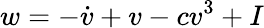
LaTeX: w=-\dot{v}+v-cv^{3}+I